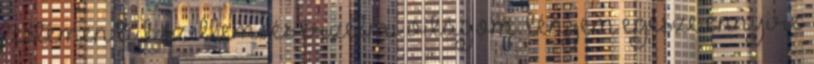
testemen túl szellemi és érzelmi világom, lényem egésze ennyire